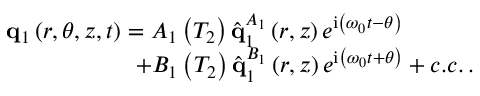
\begin{array} { r } { \mathbf { q } _ { 1 } \left( r , \theta , z , t \right) = A _ { 1 } \left( T _ { 2 } \right) \hat { \mathbf { q } } _ { 1 } ^ { A _ { 1 } } \left( r , z \right) e ^ { \mathrm { i } \left( \omega _ { 0 } t - \theta \right) } \ \ \ \ \ \ \ \ \ } \\ { + B _ { 1 } \left( T _ { 2 } \right) \hat { \mathbf { q } } _ { 1 } ^ { B _ { 1 } } \left( r , z \right) e ^ { \mathrm { i } \left( \omega _ { 0 } t + \theta \right) } + c . c . \, . } \end{array}